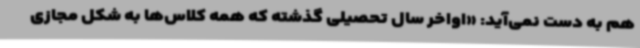
هم به دست نمی‌آید: «اواخر سال تحصیلی گذشته که همه کلاس‌ها به شکل مجازی